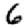
Digit: 6